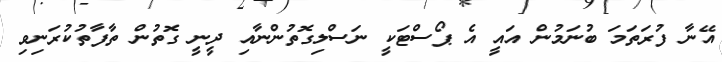
އޭނާ ފުރަތަމަ ބުނަމުން އައީ އެ ޕޯސްޓަކީ ނަސްލިގޮތުންނާއި ދީނީ ގޮތުން ތާފާތުކުރަނިވި